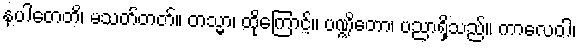
နပါတေတိ၊ မသတ်တတ်။ တသ္မာ၊ ထိုကြောင့်။ ပဏ္ဍိတော၊ ပညာရှိသည်။ ကာလေဝါ၊